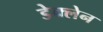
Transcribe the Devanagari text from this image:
डेक्लेन